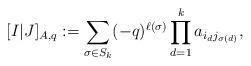
LaTeX: \begin{align*} [I|J]_{A,q}:=\sum_{\sigma\in S_k} (-q)^{\ell(\sigma)} \prod_{d=1}^{k} a_{i_dj_{\sigma(d)}}, \end{align*}